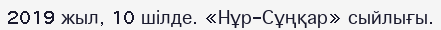
2019 жыл, 10 шілде. «Нұр-Сұңқар» сыйлығы.